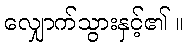
လျှောက်သွားနှင့်၏ ။